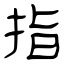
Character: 指